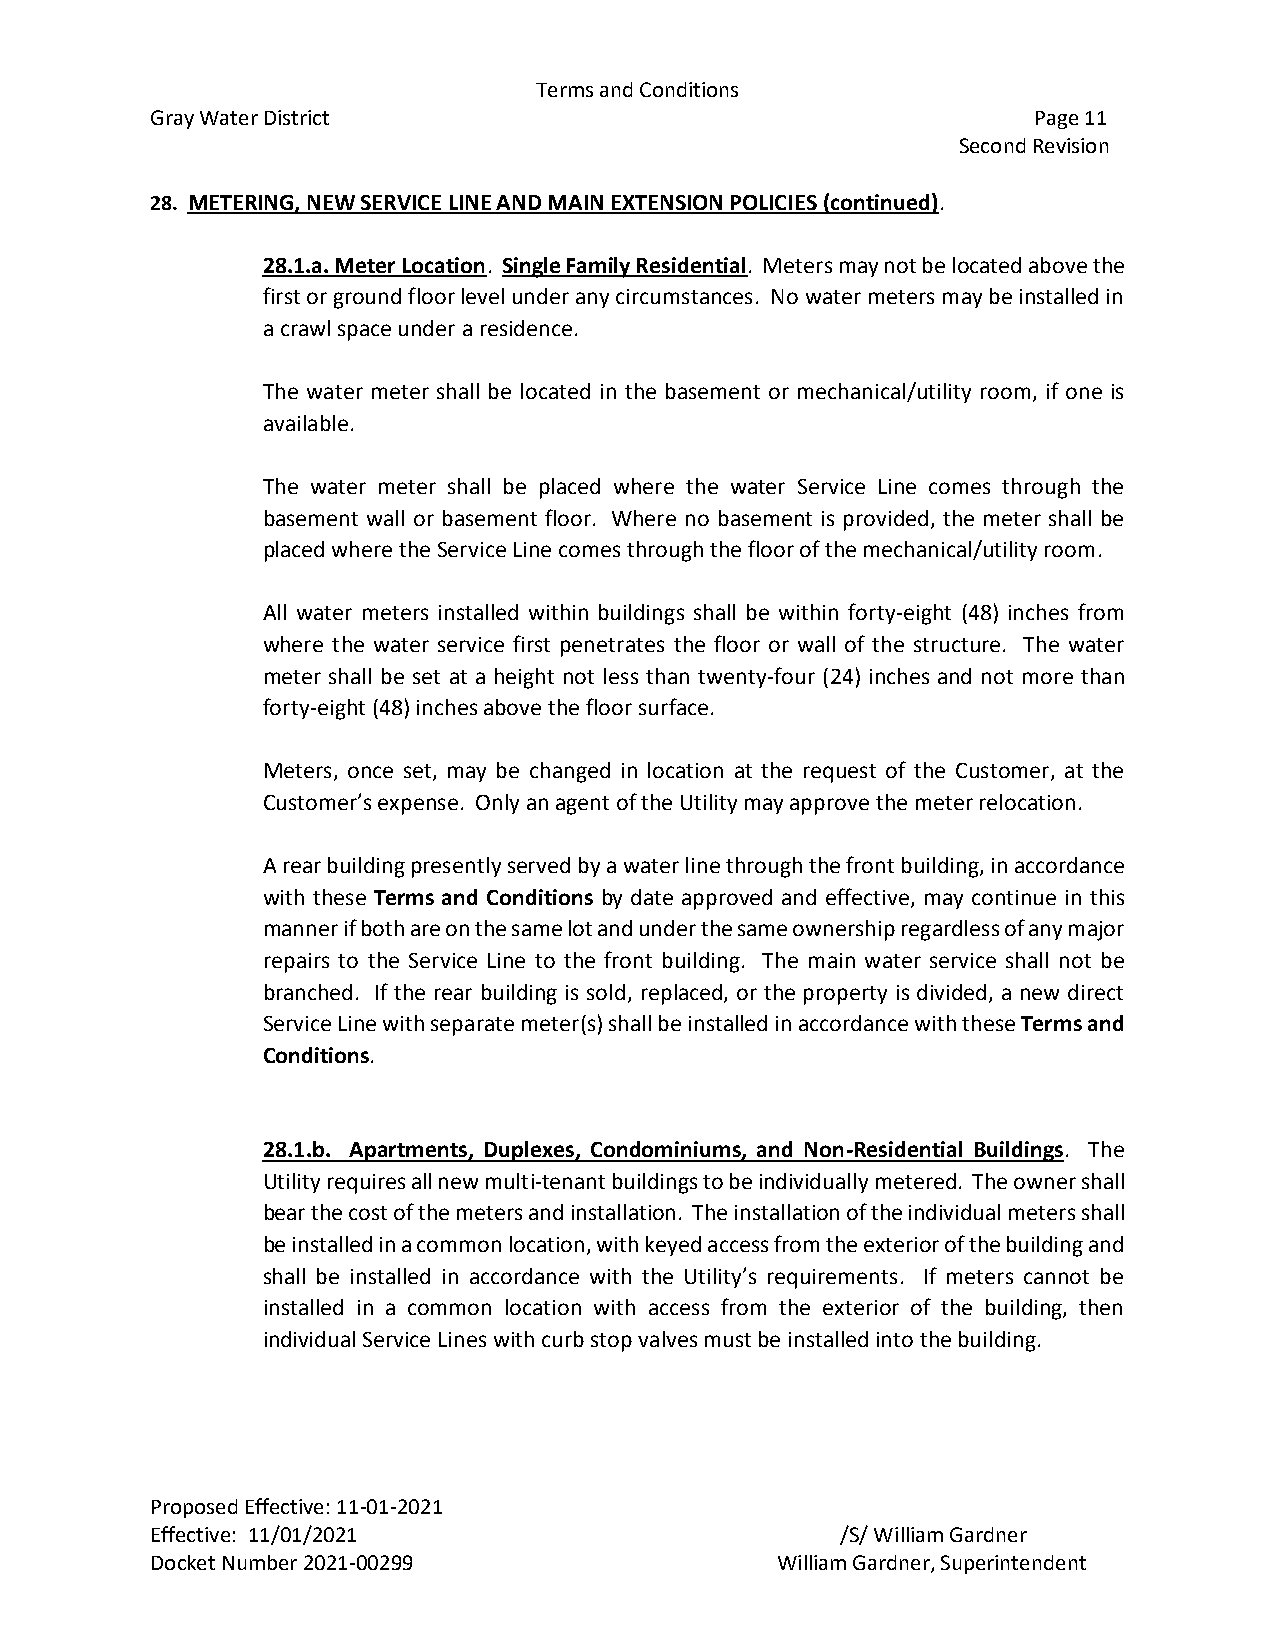
Terms and Conditions
 Gray Water District                                       Page 11
 Second Revision
 28. METERING, NEW SERVICE LINE AND MAIN EXTENSION POLICIES (continued).
 28.1.a. Meter Location. Single Family Residential. Meters may not be located above the
 first or ground floor level under any circumstances. No water meters may be installed in
 a crawl space under a residence.
 The water meter shall be located in the basement or mechanical/utility room, if one is
 available.
 The water meter shall be placed where the water Service Line comes through the
 basement wall or basement floor. Where no basement is provided, the meter shall be
 placed where the Service Line comes through the floor of the mechanical/utility room.
 All water meters installed within buildings shall be within forty-eight (48) inches from
 where the water service first penetrates the floor or wall of the structure. The water
 meter shall be set at a height not less than twenty-four (24) inches and not more than
 forty-eight (48) inches above the floor surface.
 Meters, once set, may be changed in location at the request of the Customer, at the
 Customer’s expense. Only an agent of the Utility may approve the meter relocation.
 A rear building presently served by a water line through the front building, in accordance
 with these Terms and Conditions by date approved and effective, may continue in this
 manner if both are on the same lot and under the same ownership regardless of any major
 repairs to the Service Line to the front building. The main water service shall not be
 branched. If the rear building is sold, replaced, or the property is divided, a new direct
 Service Line with separate meter(s) shall be installed in accordance with these Terms and
 Conditions.
 28.1.b. Apartments, Duplexes, Condominiums, and Non-Residential Buildings. The
 Utility requires all new multi-tenant buildings to be individually metered. The owner shall
 bear the cost of the meters and installation. The installation of the individual meters shall
 be installed in a common location, with keyed access from the exterior of the building and
 shall be installed in accordance with the Utility’s requirements. If meters cannot be
 installed in a common location with access from the exterior of the building, then
 individual Service Lines with curb stop valves must be installed into the building.
 Proposed Effective: 11-01-2021
 Effective: 11/01/2021                         /S/ William Gardner
 Docket Number 2021-00299                 William Gardner, Superintendent